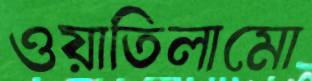
ওয়াতিলামো